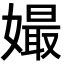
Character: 𡡔